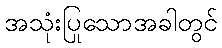
အသုံးပြုသောအခါတွင်